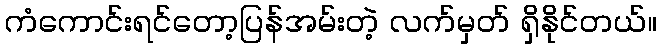
ကံကောင်းရင်တော့ပြန်အမ်းတဲ့ လက်မှတ် ရှိနိုင်တယ်။